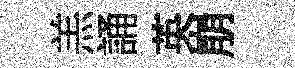
羔誦英崩